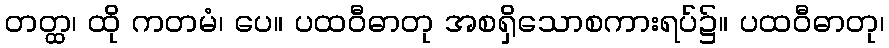
တတ္ထ၊ ထို ကတမံ၊ ပေ။ ပထဝီဓာတု အစရှိသောစကားရပ်၌။ ပထဝီဓာတု၊